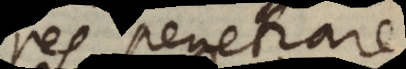
res penetrare